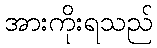
အားကိုးရသည်